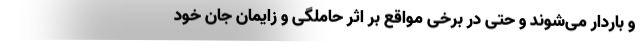
و باردار می‌شوند و حتی در برخی مواقع بر اثر حاملگی و زایمان جان خود